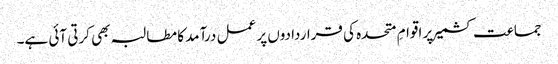
جماعت کشمیر پر اقوامِ متحدہ کی قراردادوں پر عمل درآمد کا مطالبہ بھی کرتی آئی ہے۔